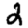
Digit: 2